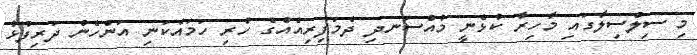
މި ސިލްސިލާގައި މާހިރާ ކުޅެނީ މުއްސަނދި ދެމަފިރިއެއްގެ ހުރި ހަމައެކަނި އަންހެން ދަރިފުޅު